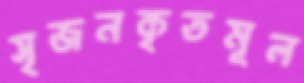
সৃজনকৃতমূল